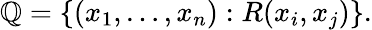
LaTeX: \mathbb{Q}=\{ (x_{1},\ldots,x_{n}):R(x_{i},x_{j})\} .